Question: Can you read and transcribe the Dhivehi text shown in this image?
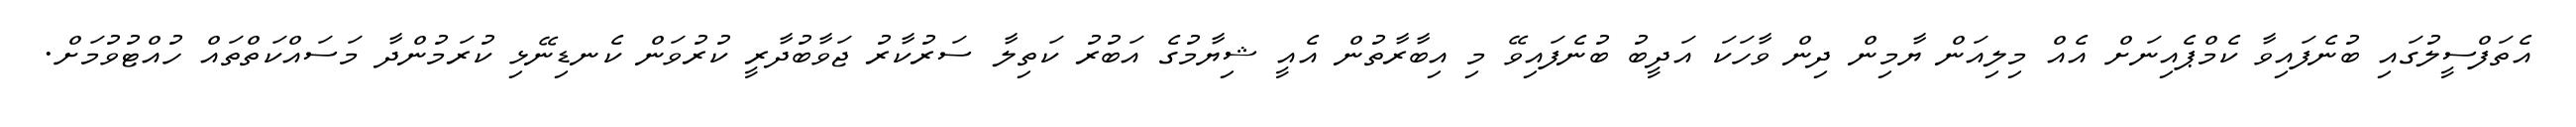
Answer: އެތަފްސީލުގައި ބުނެފައިވާ ކެމްޕެއިނަށް އެއް މިލިއަން ޔާމިން ދިން ވާހަކަ އަދީބު ބުނެފައިވޭ މި އިބާރާތުން އެއީ ޝިޔާމުގެ އަބުރު ކަތިލާ ސަރުކާރު ޖަވާބުދާރީ ކުރުވަން ކެނޑިނޭޅި ކުރަމުންދާ މަސައްކަތްތައް ހުއްޓުވުމަށް.